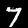
Label: 7